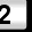
Digit: 2